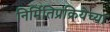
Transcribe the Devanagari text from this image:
निर्मितिप्रक्रियेच्या